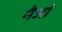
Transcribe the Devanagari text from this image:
मैआं